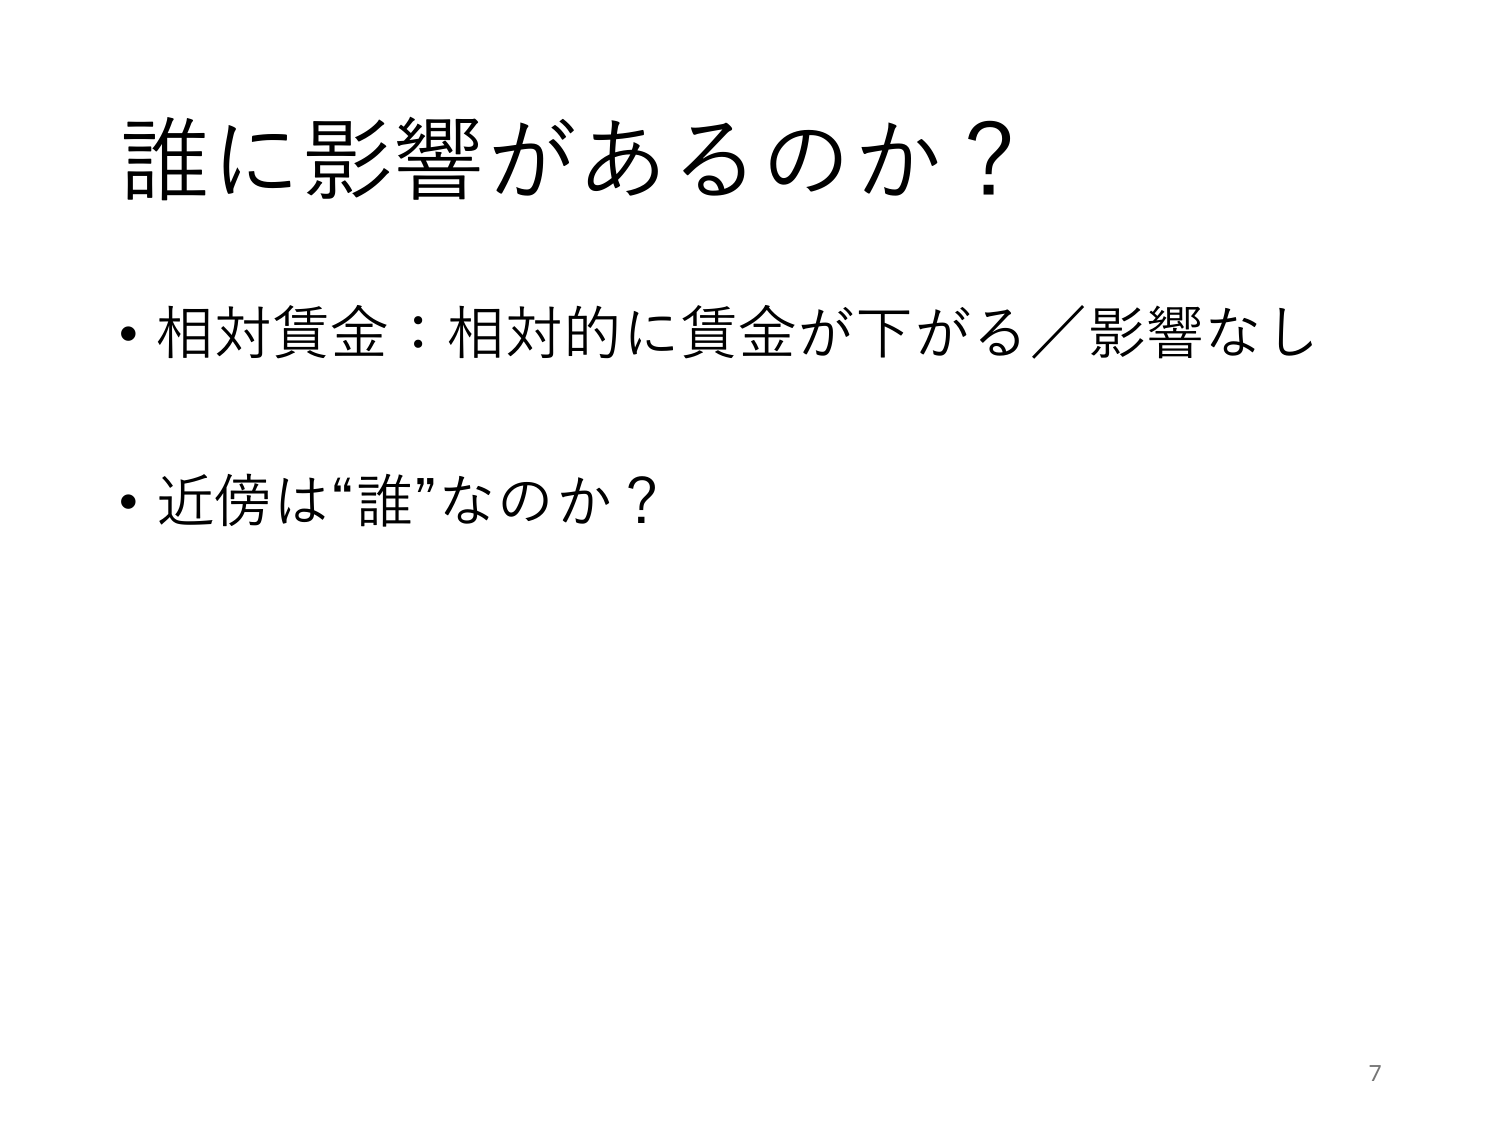
誰に影響があるのか？

・相対賃金：相対的に賃金が下がる／影響なし

・近傍は“誰”なのか？

7